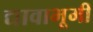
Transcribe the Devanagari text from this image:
द्यावाभूमी